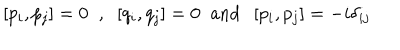
\left[ p _ { i } , p _ { j } \right] = 0 \; \; , \; \; \left[ q _ { i } , q _ { j } \right] = 0 \; \; \mathrm { a n d } \; \; \left[ p _ { i } , p _ { j } \right] = - i \delta _ { i j }